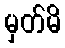
မှတ်မိ